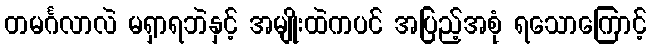
တမင်္ဂလာလဲ မရှာရဘဲနှင့် အမျိုးထဲကပင် အပြည့်အစုံ ရသောကြောင့်